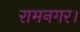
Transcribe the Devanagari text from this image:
रामनगर।